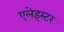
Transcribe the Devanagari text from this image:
एलेइस्टर